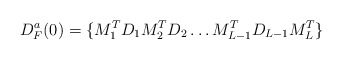
\begin{align*}D^a_F(0) = \{M_1^T D_1 M_2^TD_2 \ldots M_{L-1}^T D_{L-1} M_L^T\}\end{align*}